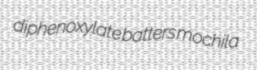
diphenoxylate batters mochila